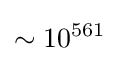
\sim 10^{561}\,\!